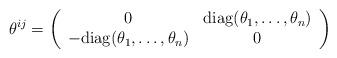
LaTeX: \begin{align*}\theta^{ij} = \left( \begin{array}{cc} 0 & {\rm diag}(\theta_{1}, \dots , \theta_{n}) \\- {\rm diag}(\theta_{1}, \dots , \theta_{n}) & 0 \\\end{array}\right)\end{align*}